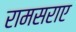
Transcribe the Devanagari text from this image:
रामसराए